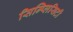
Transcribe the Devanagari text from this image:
सिम्प्लिसिटी